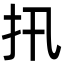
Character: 扟